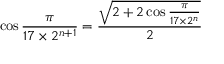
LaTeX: \cos { \frac { \pi } { 1 7 \times 2 ^ { n + 1 } } } = { \frac { \sqrt { 2 + 2 \cos { \frac { \pi } { 1 7 \times 2 ^ { n } } } } } { 2 } }